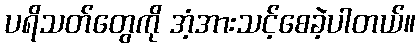
ပရိသတ်တွေကို အံ့အားသင့်စေခဲ့ပါတယ်။